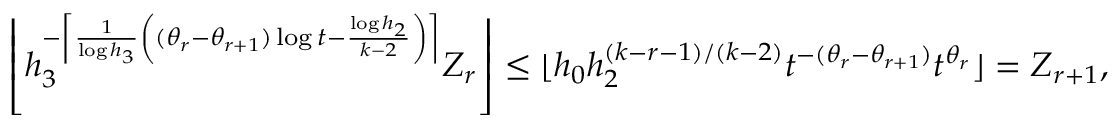
\left\lfloor h _ { 3 } ^ { - \left\lceil \frac { 1 } { \log h _ { 3 } } \left( ( \theta _ { r } - \theta _ { r + 1 } ) \log t - \frac { \log h _ { 2 } } { k - 2 } \right) \right\rceil } Z _ { r } \right\rfloor \le \lfloor h _ { 0 } h _ { 2 } ^ { ( k - r - 1 ) / ( k - 2 ) } t ^ { - ( \theta _ { r } - \theta _ { r + 1 } ) } t ^ { \theta _ { r } } \rfloor = Z _ { r + 1 } ,